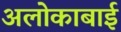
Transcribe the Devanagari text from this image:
अलोकाबाई